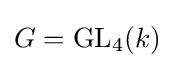
G=\mathrm {GL} _{4}(k)